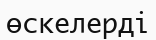
өскелерді